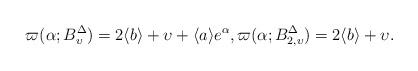
LaTeX: \begin{align*} \varpi(\alpha;B^\Delta_{\upsilon}) = 2 \langle b \rangle + \upsilon + \langle a \rangle e^{\alpha}, \varpi(\alpha;B^\Delta_{2,\upsilon}) = 2 \langle b \rangle + \upsilon.\end{align*}